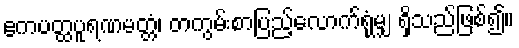
ဧကပတ္ထပူရဏမတ္တံ၊ တကွမ်းစာပြည့်လောက်ရုံမျှ ရှိသည်ဖြစ်၍။